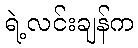
ရဲ့လင်းချန်က